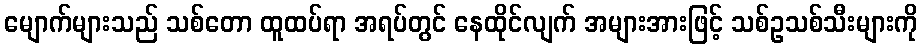
မျောက်များသည် သစ်တော ထူထပ်ရာ အရပ်တွင် နေထိုင်လျက် အများအားဖြင့် သစ်ဥသစ်သီးများကို